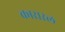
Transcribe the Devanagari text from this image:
कारारल